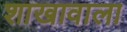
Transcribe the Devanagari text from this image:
शाखावाला